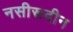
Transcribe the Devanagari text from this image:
नसीरूदीन